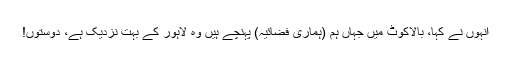
انہوں نے کہا، بالاکوٹ میں جہاں ہم (ہماری فضائیہ) پہنچے ہیں وہ لاہور کے بہت نزدیک ہے، دوستوں!